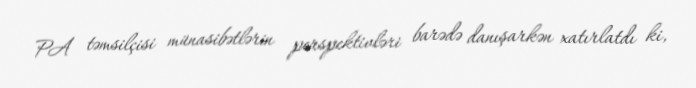
PA təmsilçisi münasibətlərin perspektivləri barədə danışarkən xatırlatdı ki,